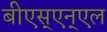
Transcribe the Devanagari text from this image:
बीएस्‌एन्‌एल